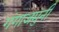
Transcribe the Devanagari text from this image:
गंगाजमुनी